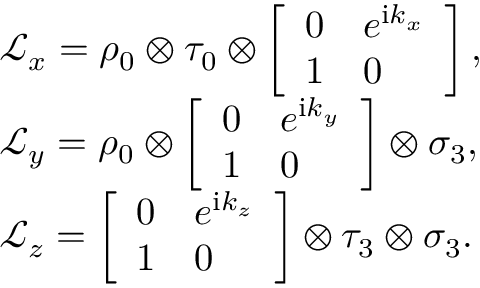
\begin{array} { r l } & { \mathcal { L } _ { x } = \rho _ { 0 } \otimes \tau _ { 0 } \otimes \left[ \begin{array} { l l } { 0 } & { e ^ { \mathrm { i } k _ { x } } } \\ { 1 } & { 0 } \end{array} \right] , } \\ & { \mathcal { L } _ { y } = \rho _ { 0 } \otimes \left[ \begin{array} { l l } { 0 } & { e ^ { \mathrm { i } k _ { y } } } \\ { 1 } & { 0 } \end{array} \right] \otimes \sigma _ { 3 } , } \\ & { \mathcal { L } _ { z } = \left[ \begin{array} { l l } { 0 } & { e ^ { \mathrm { i } k _ { z } } } \\ { 1 } & { 0 } \end{array} \right] \otimes \tau _ { 3 } \otimes \sigma _ { 3 } . } \end{array}